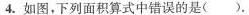
4.如图，下列面积算式中错误的是( )。